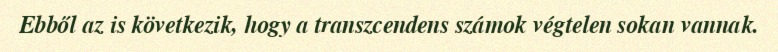
Ebből az is következik, hogy a transzcendens számok végtelen sokan vannak.